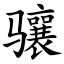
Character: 骧